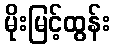
မိုးမြင့်ထွန်း